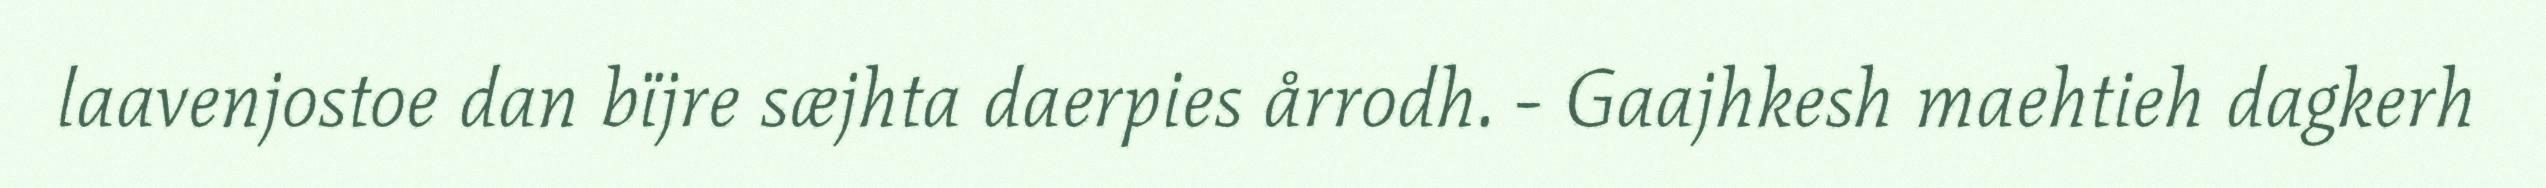
laavenjostoe dan bïjre sæjhta daerpies årrodh. - Gaajhkesh maehtieh dagkerh